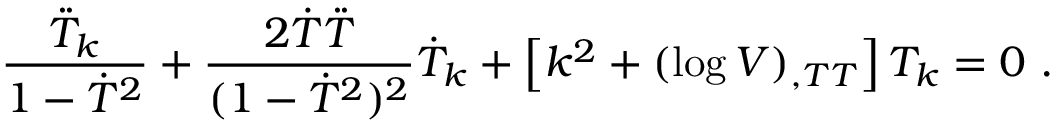
\frac { \ddot { T } _ { k } } { 1 - \dot { T } ^ { 2 } } + \frac { 2 \dot { T } \ddot { T } } { ( 1 - \dot { T } ^ { 2 } ) ^ { 2 } } \dot { T } _ { k } + \left[ k ^ { 2 } + ( \log V ) _ { , T T } \right] T _ { k } = 0 \ .